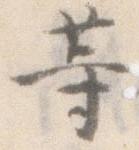
等